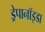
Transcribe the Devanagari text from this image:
ड्रेपानॉइडा